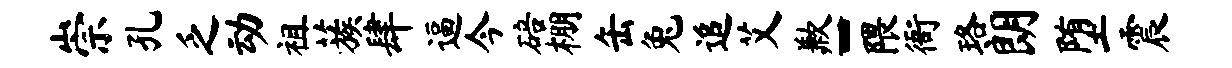
崇孔乏动祖蔟肆逼今碚棚缶兔追艾歉-隈衙珞朗堕震